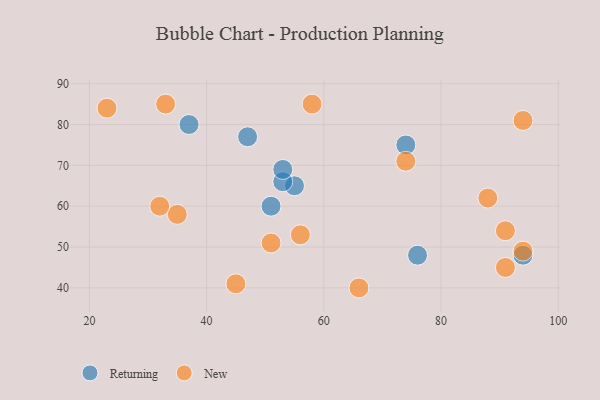
{"axis": {"x": "GDP", "y": "Life Expectancy"}, "legend": ["New", "Returning"], "data": [{"x": "51", "y": 60, "type": "Returning"}, {"x": "37", "y": 80, "type": "Returning"}, {"x": "76", "y": 48, "type": "Returning"}, {"x": "55", "y": 65, "type": "Returning"}, {"x": "53", "y": 66, "type": "Returning"}, {"x": "53", "y": 69, "type": "Returning"}, {"x": "74", "y": 75, "type": "Returning"}, {"x": "47", "y": 77, "type": "Returning"}, {"x": "94", "y": 48, "type": "Returning"}, {"x": "91", "y": 45, "type": "New"}, {"x": "94", "y": 81, "type": "New"}, {"x": "23", "y": 84, "type": "New"}, {"x": "35", "y": 58, "type": "New"}, {"x": "88", "y": 62, "type": "New"}, {"x": "51", "y": 51, "type": "New"}, {"x": "58", "y": 85, "type": "New"}, {"x": "66", "y": 40, "type": "New"}, {"x": "94", "y": 49, "type": "New"}, {"x": "74", "y": 71, "type": "New"}, {"x": "91", "y": 54, "type": "New"}, {"x": "32", "y": 60, "type": "New"}, {"x": "45", "y": 41, "type": "New"}, {"x": "33", "y": 85, "type": "New"}, {"x": "56", "y": 53, "type": "New"}]}